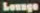
Lounge